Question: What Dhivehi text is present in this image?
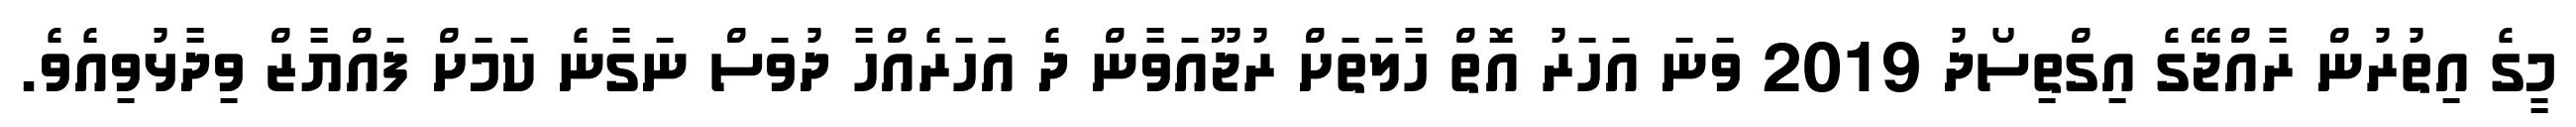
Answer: މީގެ އިތުރުން ރާއްޖޭގެ އިގްތިސޯދު 2019 ވަނަ އަހަރު އޮތް ހާލަތަށް ރުޖޫއަވާން ދެ އަހަރެއްހާ ދުވަސް ނަގާނެ ކަމަށް ފައްޔާޒް ވިދާޅުވިއެވެ.